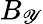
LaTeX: B_{\mathscr{Y}}